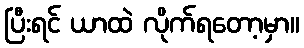
ပြီးရင် ယာထဲ လိုက်ရတော့မှာ။